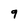
Character: 9